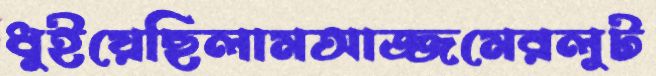
ধুইয়েছিলামআজ্জমেরলুট